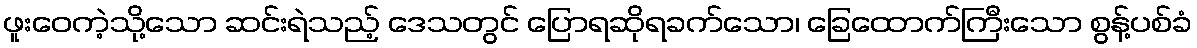
ဖူးဝေကဲ့သို့သော ဆင်းရဲသည့် ဒေသတွင် ပြောရဆိုရခက်သော၊ ခြေထောက်ကြီးသော စွန့်ပစ်ခံ